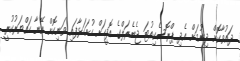
ދައުވާކޮށް ދިނުމަށް އެދި ޕްރޮސެކިއުޓަ ޖެނެރަލްގެ އޮފީހަށް ހުށަހަޅާފައި ވަނިކޮށް އޭނާ ހައްޔަރުކުރީ